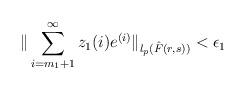
LaTeX: \begin{align*} \Arrowvert \sum\limits_{i=m_{1}+1}^{\infty} z_{1}(i)e^{(i)}\Arrowvert_{l_{p}(\hat{F}(r,s))} < \epsilon_{1} \end{align*}